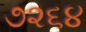
૭૨૬૪